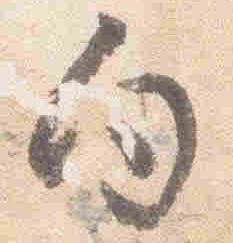
向